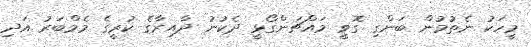
މީހަކު ނެތުމުން ބަންގި ގޮވީ މައްޗަންގޯޅީ ދެކުނު ދާއިރާގެ ކުރީގެ މެމްބަރު އަދި